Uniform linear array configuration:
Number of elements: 32
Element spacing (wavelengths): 0.75
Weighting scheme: uniform
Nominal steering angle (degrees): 60
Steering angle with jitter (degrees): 60.77
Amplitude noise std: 0.05
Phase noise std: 0.05

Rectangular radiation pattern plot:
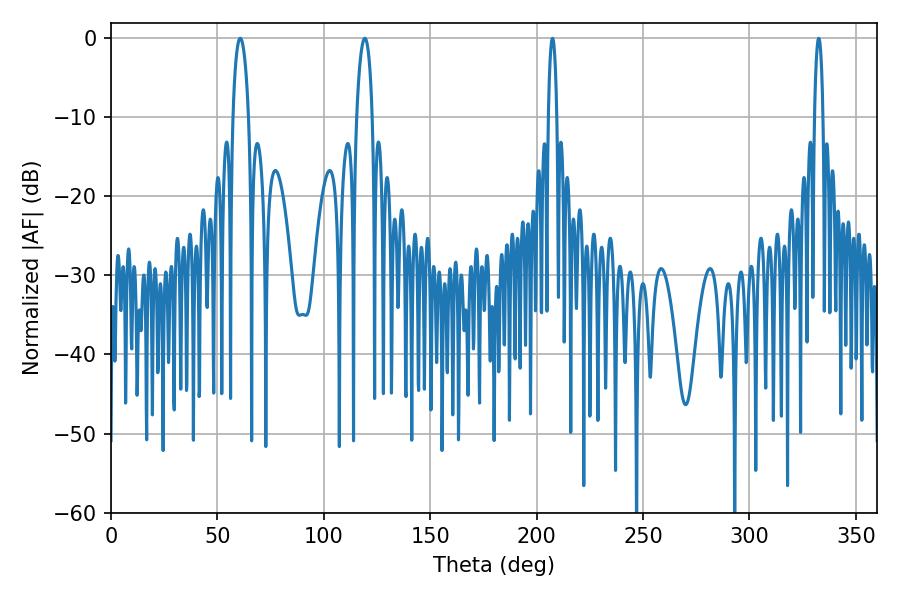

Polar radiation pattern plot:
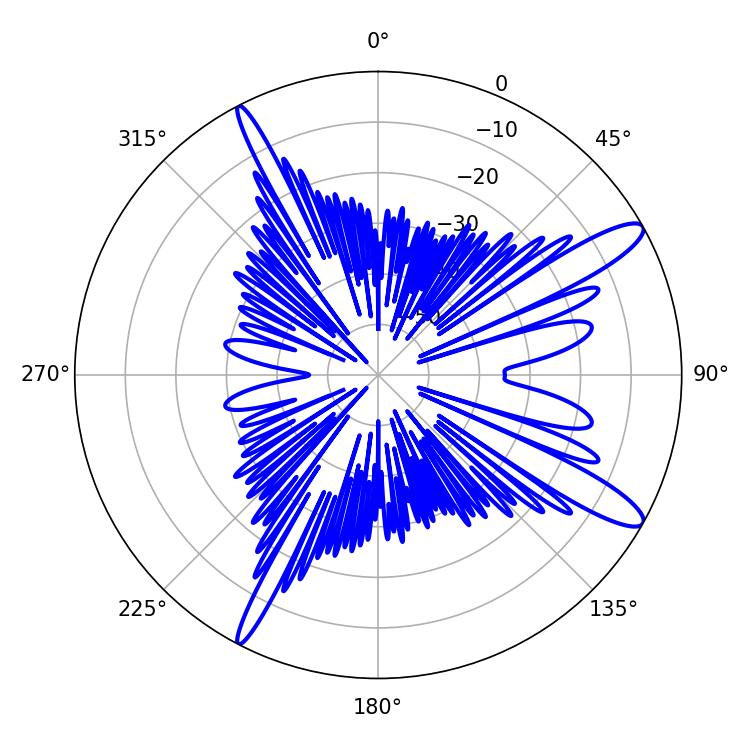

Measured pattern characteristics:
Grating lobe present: TRUE
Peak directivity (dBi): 12.777
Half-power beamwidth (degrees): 4.14
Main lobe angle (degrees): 60.66